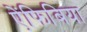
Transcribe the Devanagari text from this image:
ऐंफिबिया